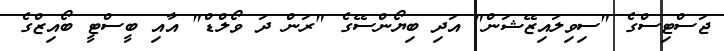
ޖަސްޓިސްގެ "ސިވިލައިޒޭޝަން" އަދި ބިޔޯންސޭގެ "ރަން ދަ ވޯލްޑް" އާއި ބީސްޓީ ބޯއިޒްގެ